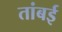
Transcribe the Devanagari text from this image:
तांबई